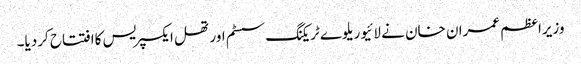
وزیراعظم عمران خان نے لائیو ریلوے ٹریکنگ سسٹم اور تھل ایکسپریس کاافتتاح کردیا۔